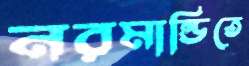
নরমান্ডিতে